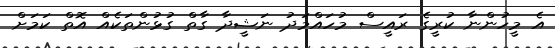
އެ މީހުންނާ ކުރީގެ ރައީސް މުހައްމަދު ނަޝީދާ ގާތް ގުޅުންތަކެއް އޮތް ކަމަށް